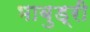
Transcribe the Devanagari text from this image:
भाबुड्री